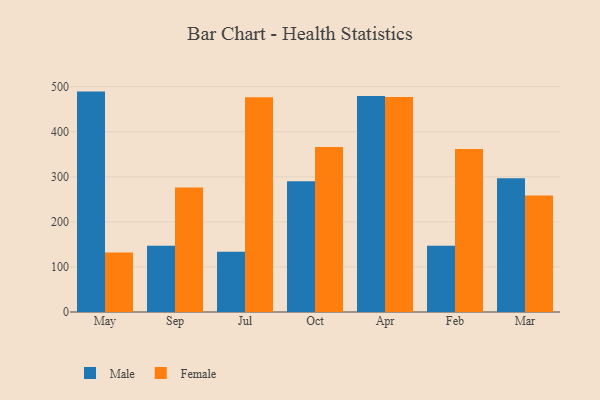
{"axis": {"x": "Month", "y": "Waste Production (Tons)"}, "legend": ["Female", "Male"], "data": [{"x": "May", "y": 489.0, "type": "Male"}, {"x": "May", "y": 132.2, "type": "Female"}, {"x": "Sep", "y": 147.2, "type": "Male"}, {"x": "Sep", "y": 276.1, "type": "Female"}, {"x": "Jul", "y": 133.8, "type": "Male"}, {"x": "Jul", "y": 476.5, "type": "Female"}, {"x": "Oct", "y": 290.2, "type": "Male"}, {"x": "Oct", "y": 366.0, "type": "Female"}, {"x": "Apr", "y": 479.1, "type": "Male"}, {"x": "Apr", "y": 477.0, "type": "Female"}, {"x": "Feb", "y": 147.1, "type": "Male"}, {"x": "Feb", "y": 361.4, "type": "Female"}, {"x": "Mar", "y": 297.0, "type": "Male"}, {"x": "Mar", "y": 258.7, "type": "Female"}]}